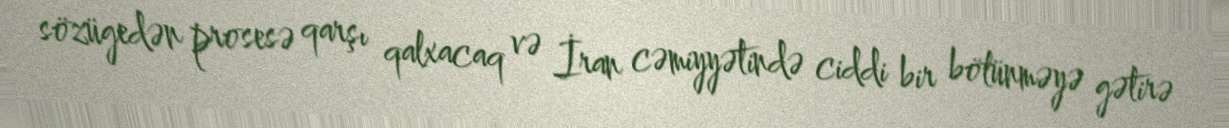
sözügedən prosesə qarşı qalxacaq və İran cəmiyyətində ciddi bir bölünməyə gətirə